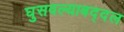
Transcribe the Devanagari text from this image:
घुसवल्याबद्दल